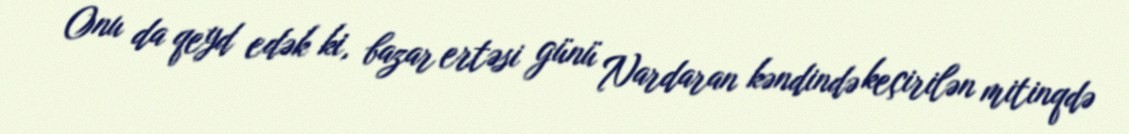
Onu da qeyd edək ki, bazar ertəsi günü Nardaran kəndində keçirilən mitinqdə